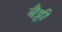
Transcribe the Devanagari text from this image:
बैट्टी